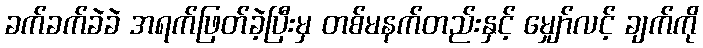
ခက်ခက်ခဲခဲ အရက်ဖြတ်ခဲ့ပြီးမှ တစ်မနက်တည်းနှင့် မျှော်လင့် ချက်ကို